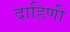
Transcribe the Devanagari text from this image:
दाहिणी